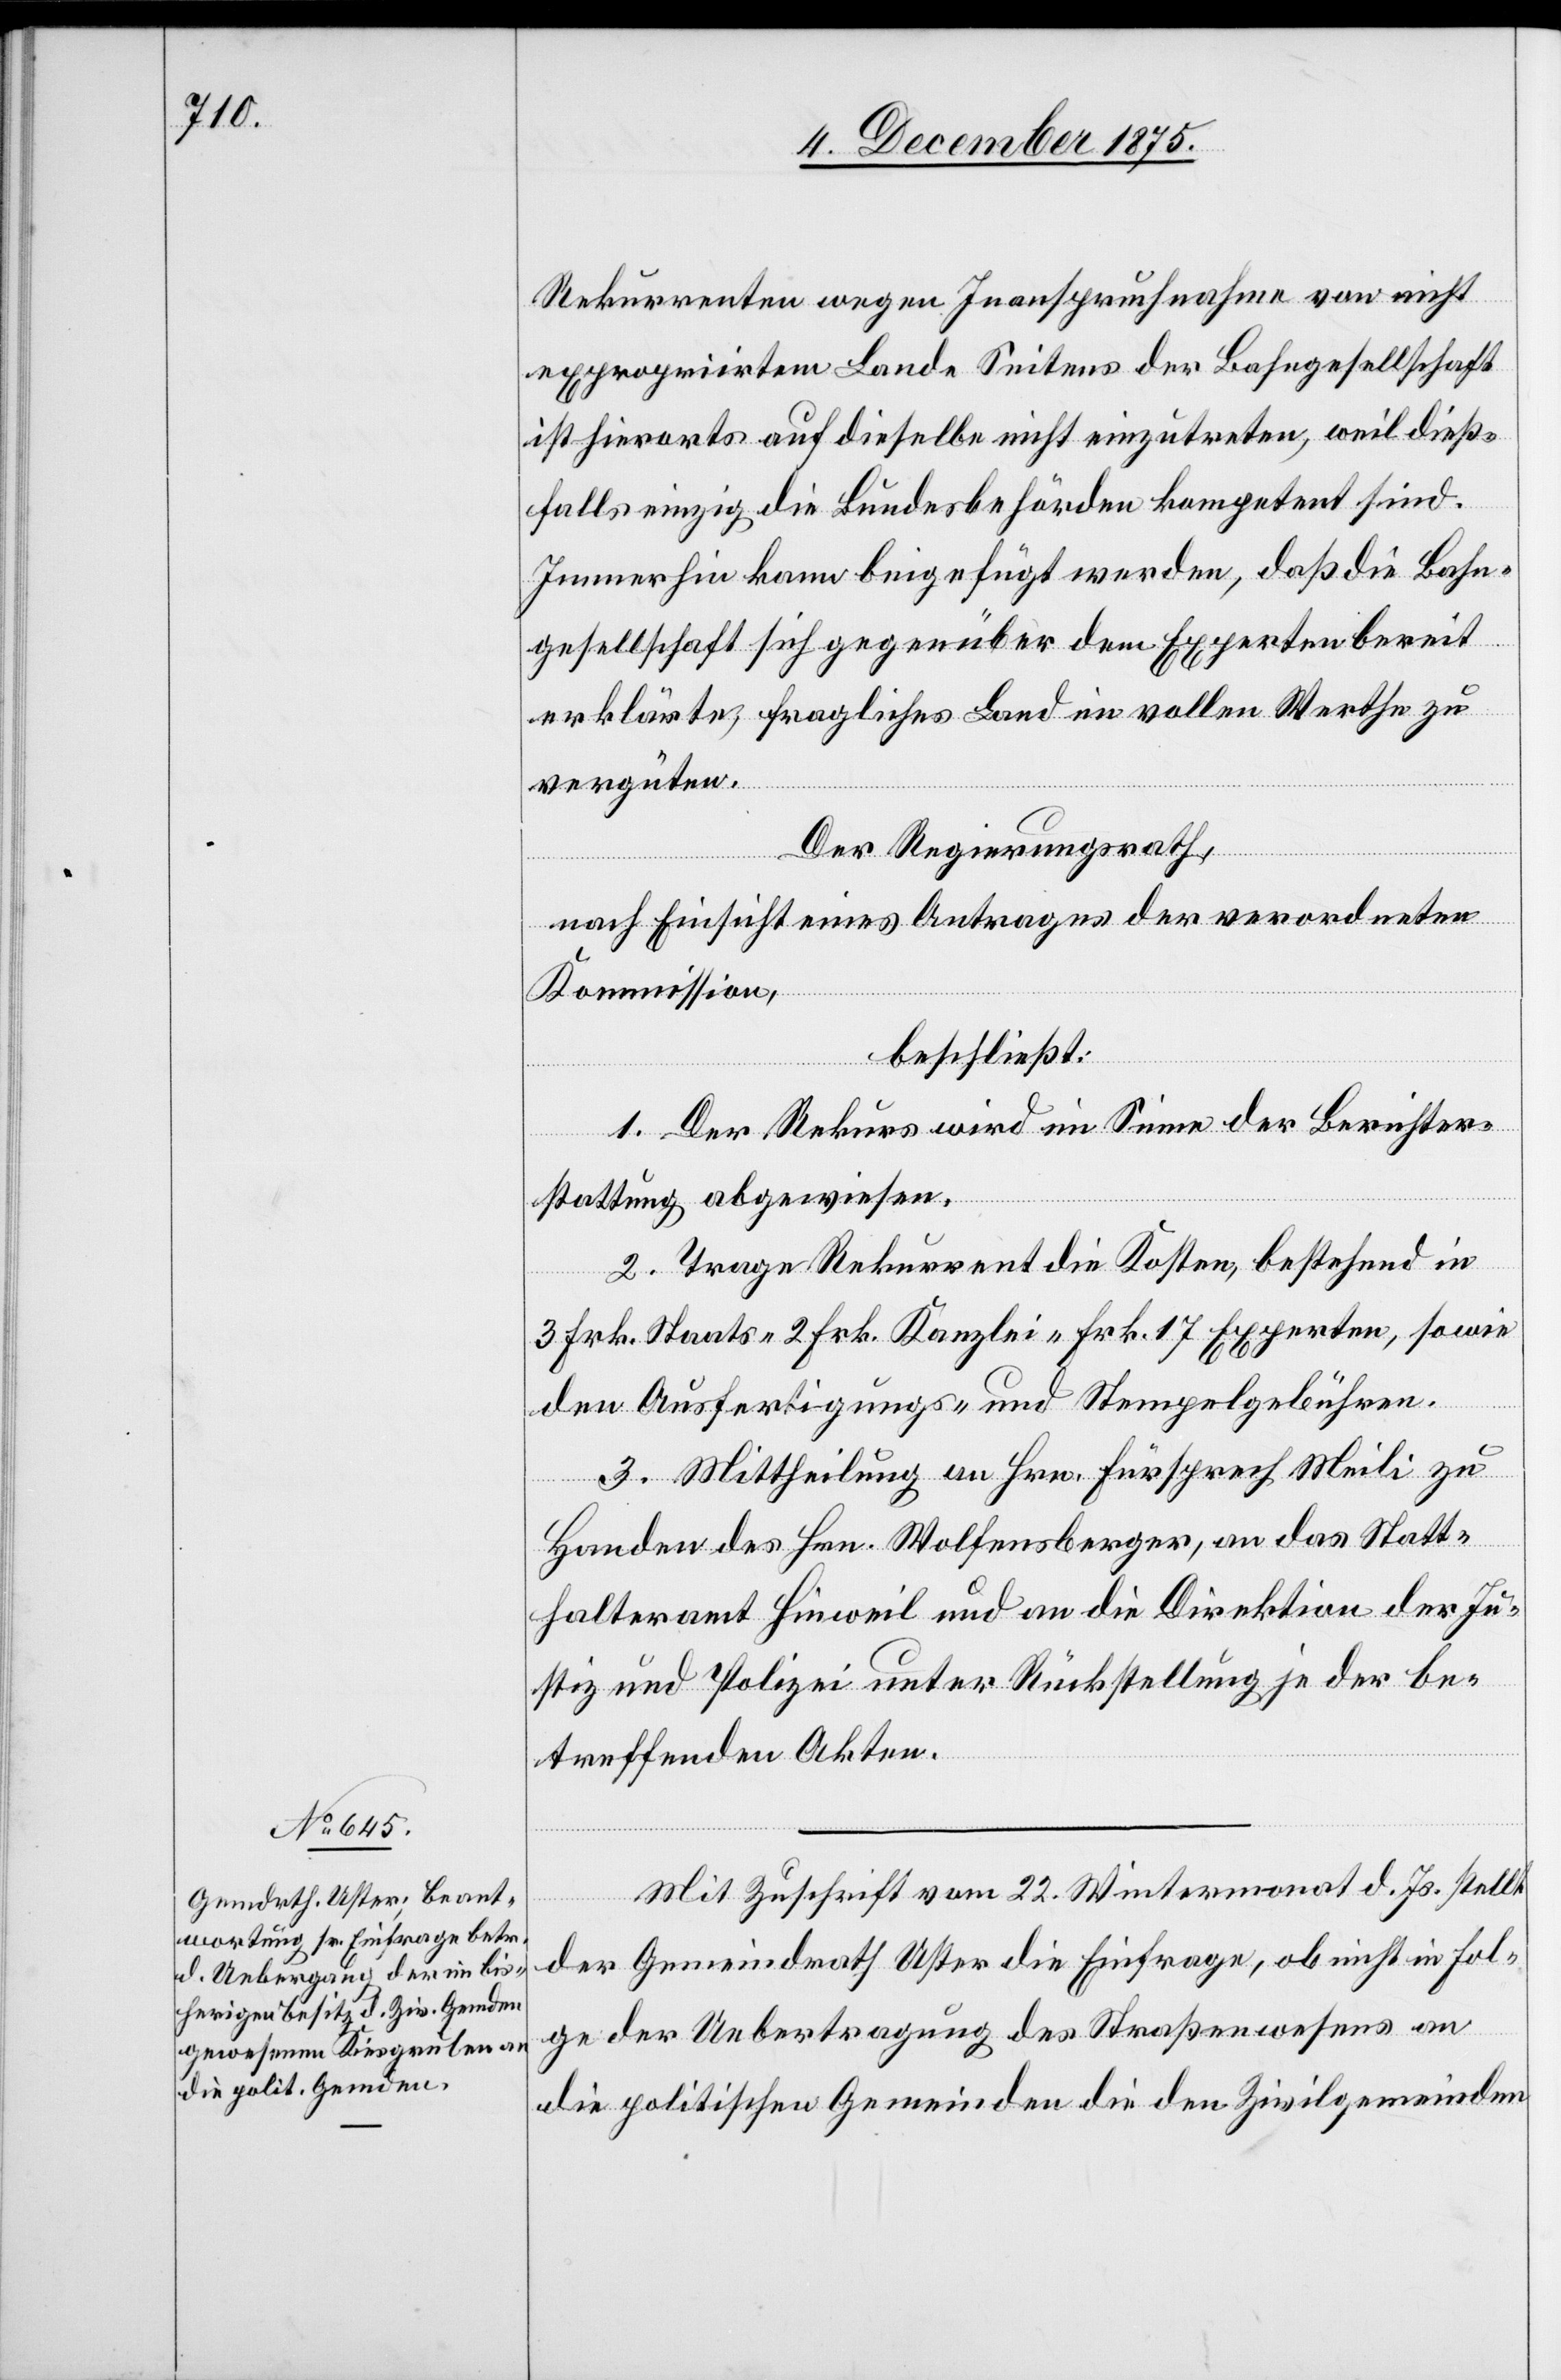
In¬

expropriiertem Lande Seitens der Bahngesellschaft
ist hierorts auf dieselbe nicht einzutreten, weil dieß¬
falls einzig die Bundesbehörden kompetent sind.
Immerhin kann beigefügt werden, daß die Bahn¬
gesellschaft sich gegenüber dem Experten bereit
erklärte, fragliches Land im vollen Werthe zu
vergüten.
Der Regierungsrath,
nicht
nach Einsicht eines Antrages der verordneten
Kommission,
beschließt:
1. Der Rekurs wird im Sinne der Berichter¬
stattung abgewiesen.
2. Trage Rekurrent die Kosten, bestehend in
3 Frk. Staats-[,] 2 Frk. Kanzlei-[,] Frk. 17 Experten[-], nebst
den Ausfertigungs- und Stempelgebühren.
3. Mittheilung an Hrn. Fürsprech Meili zu
Handen des Hrn. Wolfensberger, an das Statt¬
halteramt Hinweil und an die Direktion der Ju¬
stiz und Polizei unter Rückstellung je der be¬
treffenden Akten.
Mit Zuschrift vom 22. Wintermonat d. Js. stellt
der Gemeindrath Uster die Einfrage, ob nicht in Fol¬
ge der Uebertragung des Straßenwesen an
die politischen Gemeinden die den Zivilgemeinden